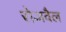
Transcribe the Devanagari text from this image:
रोजवैल